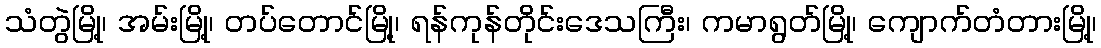
သံတွဲမြို့၊ အမ်းမြို့၊ တပ်တောင်မြို့၊ ရန်ကုန်တိုင်းဒေသကြီး၊ ကမာရွတ်မြို့၊ ကျောက်တံတားမြို့၊